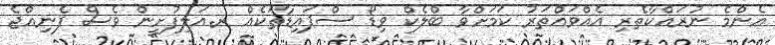
އެންމެ ނުރައްކާތެރި އެއްވައްތަރު ކަމަށްވާ ބްލެކް ވިޑޯ ސްޕައިޑާތަކެއް ރ.އަލިފުށީން ވެސް ފެނިއްޖެ